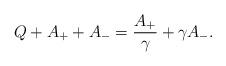
LaTeX: \begin{align*}Q+A_{+}+A_{-}=\frac{A_{+}}{\gamma}+\gamma A_{-}.\end{align*}